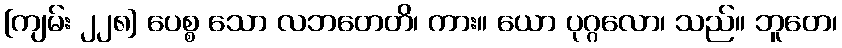
[ကျမ်း ၂၂၈] ပေစ္စ သော လဘတေတိ၊ ကား။ ယော ပုဂ္ဂလော၊ သည်။ ဘူတေ၊